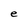
Character: e